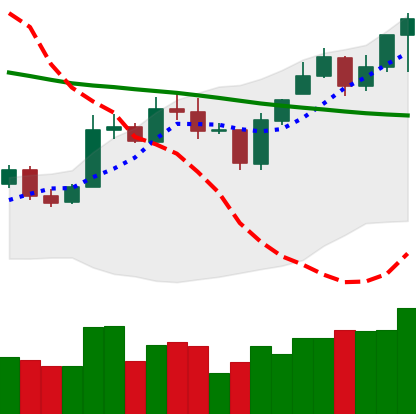
Ticker: ETC-USD
Chart end date: 2020-01-10
Forward return: 49.484%
Label: up_7plus